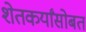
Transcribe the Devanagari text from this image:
शेतकर्यांसोबत